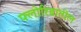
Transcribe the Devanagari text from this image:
फ्लोरिडातील